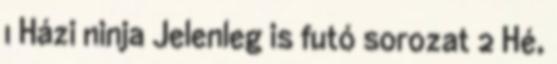
1 Házi ninja Jelenleg is futó sorozat 2 Hé,